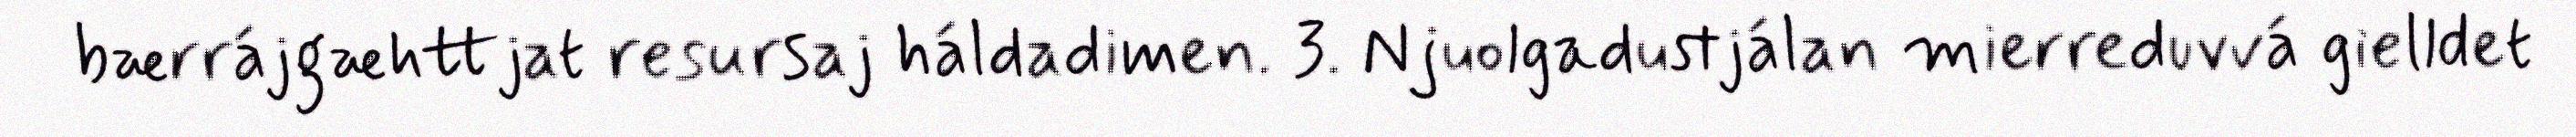
bærrájgæhttjat resursaj háldadimen. 3. Njuolgadustjálan mierreduvvá gielldet